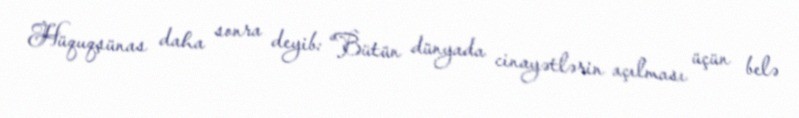
Hüquqşünas daha sonra deyib: “Bütün dünyada cinayətlərin açılması üçün belə